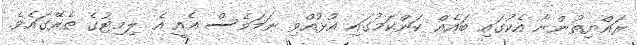
ރައްޔިތުންނާ އެކުގައި ބައެއް ކަންކަމުގައި އުޅުއްވި ނަމަވެސް އެއީ އެ ލިމިޓުގެ ތެރޭގައެވެ.